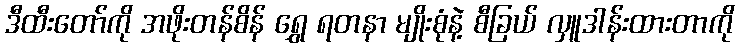
ဒီထီးတော်ကို အဖိုးတန်စိန် ရွှေ ရတနာ မျိုးစုံနဲ့ စီခြယ် လှူဒါန်းထားတာကို